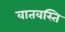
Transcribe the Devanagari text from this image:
वातवस्ति